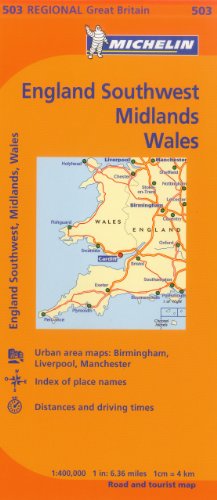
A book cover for Michelin Map Great Britain: Wales, The Midlands, South West England 503 (Maps/Regional (Michelin)); Michelin Travel & Lifestyle; Travel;